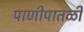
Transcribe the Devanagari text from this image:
पाणीपातळी